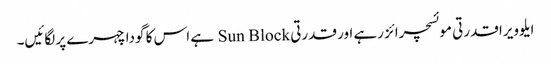
ایلوویرا قدرتی موئسچرائز رہے اور قدرتی Sun Block ہے اس کا گودا چہرے پر لگائیں۔